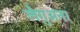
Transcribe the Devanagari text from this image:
लैगुअना